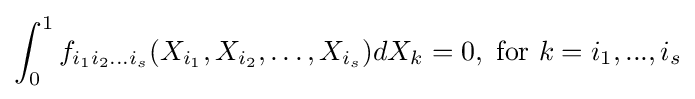
\int _{0}^{1}f_{i_{1}i_{2}\dots i_{s}}(X_{i_{1}},X_{i_{2}},\dots ,X_{i_{s}})dX_{k}=0,{\text{ for }}k=i_{1},...,i_{s}